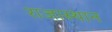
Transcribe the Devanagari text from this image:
राजास्थान